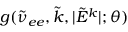
g ( \tilde { \nu } _ { e e } , \tilde { k } , | \tilde { E } ^ { k } | ; \theta )